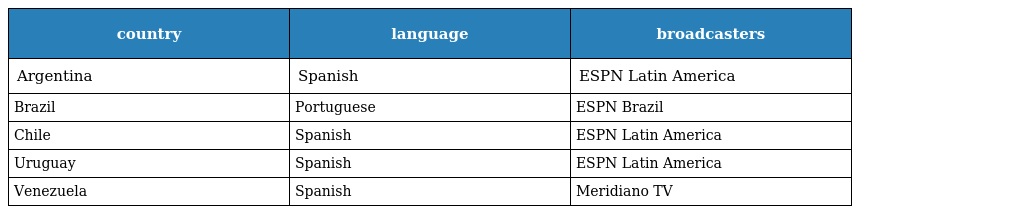
| country | language | broadcasters |
 | --- | --- | --- |
 | Argentina | Spanish | ESPN Latin America |
 | Brazil | Portuguese | ESPN Brazil |
 | Chile | Spanish | ESPN Latin America |
 | Uruguay | Spanish | ESPN Latin America |
 | Venezuela | Spanish | Meridiano TV |